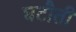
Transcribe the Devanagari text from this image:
घटौती